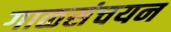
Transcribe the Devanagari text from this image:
गाळसंचयन